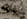
منتج